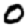
Digit: 0